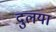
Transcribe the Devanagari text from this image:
दुलया